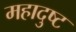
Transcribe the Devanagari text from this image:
महादुष्ट